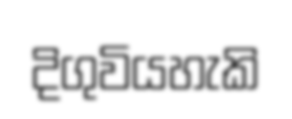
දිගුවියහැකි